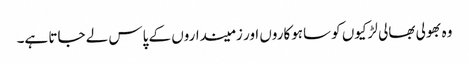
وہ بھولی بھالی لڑکیوں کو ساہوکاروں اور زمینداروں کے پاس لے جاتا ہے۔